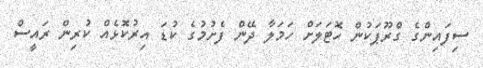
ސިފައިންގެ ގްރޫޕަކުން ހޮޓަލަށް ހަމަލާ ދޭން ފެށުމުގެ ކުޑަ އިރުކޮޅެއް ކުރިން ރައީސް